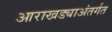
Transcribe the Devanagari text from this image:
आराखड्याअंतर्गत